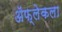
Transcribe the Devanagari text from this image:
ॲफ्लेकला